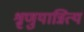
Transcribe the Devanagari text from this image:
श्रृणुयान्नित्यं